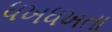
ધખધખતા